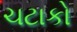
ચટાકો